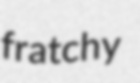
fratchy